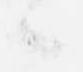
々